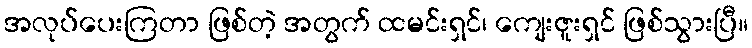
အလုပ်ပေးကြတာ ဖြစ်တဲ့ အတွက် ထမင်းရှင်၊ ကျေးဇူးရှင် ဖြစ်သွားပြီ။